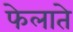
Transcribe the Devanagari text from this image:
फेलाते